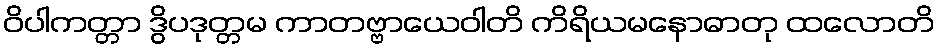
ဝိပါကတ္တာ ဒွိပဒုတ္တမ ကာတဗ္ဗာယေဝါတိ ကိရိယမနောဓာတု ထလောတိ